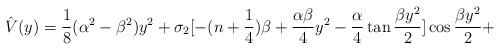
LaTeX: \begin{align*}\hat{V} (y) = {1 \over 8} (\alpha ^2 - \beta ^2) y^2 + \sigma _2[-(n + {1 \over 4}) \beta + {\alpha \beta \over 4} y^2 - {\alpha \over 4}\tan {\beta y^2 \over 2}] \cos {\beta y^2 \over 2} +\end{align*}